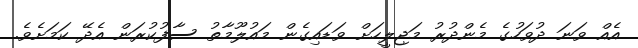
އެއް ވަނަ ދުވަހުގެ މެންދުރު މަޖިލީހަށް ވަޑައިގެން މައުލޫމާތު ސާފުކުރަން އެދޭ ކަމަށެވެ.